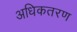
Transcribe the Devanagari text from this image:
अधिकतरण